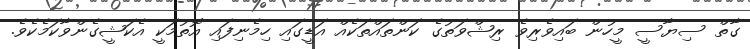
ގާތް ސިޔާސީ މީހުން ބައިވެރިވެ ރިޝްވަތުގެ ކަންތައްތަކެއް އަޑީގައި ހިމެނިފައި އޮތުމަކީ އެކަޝީގެންވާކަމެކެވެ.